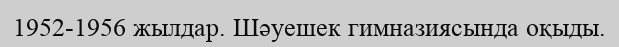
1952-1956 жылдар. Шәуешек гимназиясында оқыды.